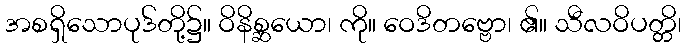
အစရှိသောပုဒ်တို့၌။ ဝိနိစ္ဆယော၊ ကို။ ဝေဒိတဗ္ဗော၊ ၏။ သီလဝိပတ္တိ၊